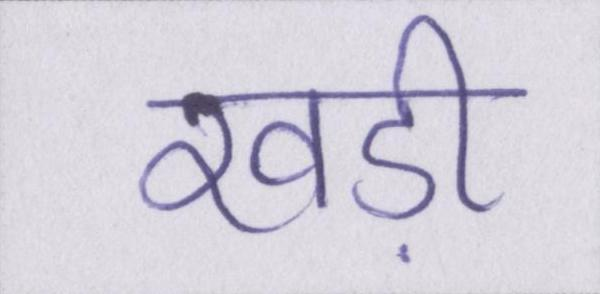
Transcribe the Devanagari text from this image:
खड़ी